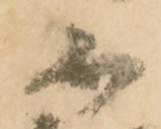
不